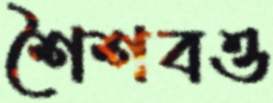
শৈশবও